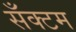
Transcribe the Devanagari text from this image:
सँक्टम